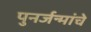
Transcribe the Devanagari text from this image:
पुनर्जन्मांचे